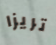
تريزا